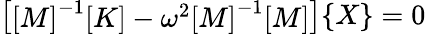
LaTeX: {\left[\begin{array}{l}{{\left[\begin{array}{l}{M}\end{array}\right]}^{-1}{\left[\begin{array}{l}{K}\end{array}\right]}-\omega^{2}{\left[\begin{array}{l}{M}\end{array}\right]}^{-1}{\left[\begin{array}{l}{M}\end{array}\right]}}\end{array}\right]}{\left\{ \begin{array}{l}{X}\end{array}\right\} }=0